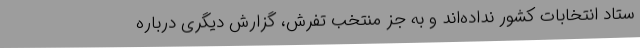
ستاد انتخابات کشور نداده‌اند و به جز منتخب تفرش، گزارش دیگری درباره